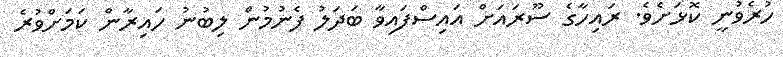
ހުރެވުނީ ކޮޅަށެވެ. ރައިހާގެ ސޫރައަށް އައިސްފައިވާ ބަދަލު ފެނުމުން ލިބުނު ހައިރާން ކަމަށްވުރެ